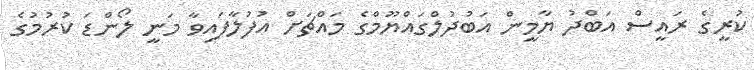
ކުރީގެ ރައީސް އަބްދު ޔާމީން އަބުދުލްގައްޔޫމްގެ މައްޗަށް އުފުލާފައިވާ މަނީ ލޯންޑަ ކުރުމުގެ